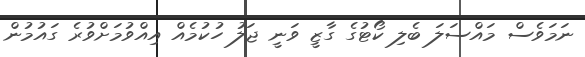
ނަމަވެސް މައްސަލަ ބެލި ކޯޓުގެ ގާޒީ ވަނީ ޖަލު ހުކުމެއް އިއްވުމަށްވުރެ ގައުމުން